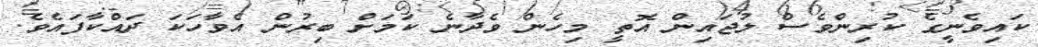
ކައިވެނީގެ ކުރިންވެސް ލުޖައިން އޮތީ މިހެން ވެދާނެ ކަމަށް ބިރުން އެވާހަކަ ދައްކާފައެވެ.